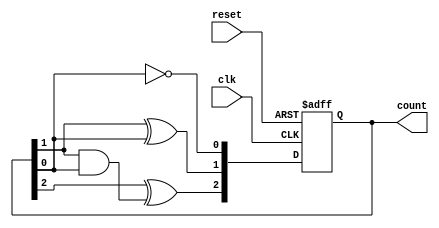
module ripple_counter (
    input wire clk,           // Clock input
    input wire reset,         // Asynchronous active-high reset
    output reg [N-1:0] count  // Counter output
);
    parameter N = 3;          // Bit width of the counter (3 bits for this example)

    always @(posedge clk or posedge reset) begin
        if (reset) begin
            count <= 0;       // Reset the counter to 0
        end else begin
            count[0] <= ~count[0]; // Toggle the least significant bit

            // Toggle the remaining bits based on the previous bit
            count[1] <= count[1] ^ count[0];
            count[2] <= count[2] ^ (count[1] & count[0]); // For a 3-bit counter
            // Extend for more bits if needed
        end
    end
endmodule